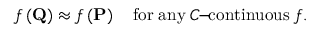
f \left( \mathbf { Q } \right) \approx f \left( \mathbf { P } \right) \mathrm { \quad f o r \; a n y \; } C \mathrm { \! - \! c o n t i n u o u s } \; f .